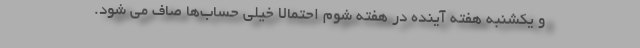
و یکشنبه هفته آینده در هفته شوم احتمالاً خیلی حساب‌ها صاف می شود.